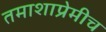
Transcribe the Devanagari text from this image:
तमाशाप्रेमीच